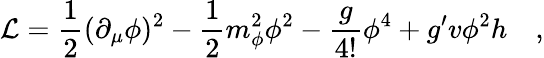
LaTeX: {\cal L}={\frac{1}{2}}(\partial_{\mu}\phi)^{2}-{\frac{1}{2}}m_{\phi}^{2}\phi^{2}-{\frac{g}{4!}}\phi^{4}+g^{\prime}v\phi^{2}h\quad,